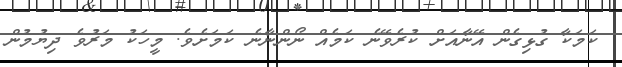
ކަމަކާ ގުޅިގެން އޭނާއަށް ކުރެވޭނެ ކަމެއް ނޯންނާނެ ކަމަށެވެ. މީހަކު މަރުވެ ދިޔުމުން